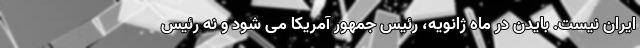
ایران نیست. بایدن در ماه ژانویه، رئیس جمهور آمریکا می شود و نه رئیس